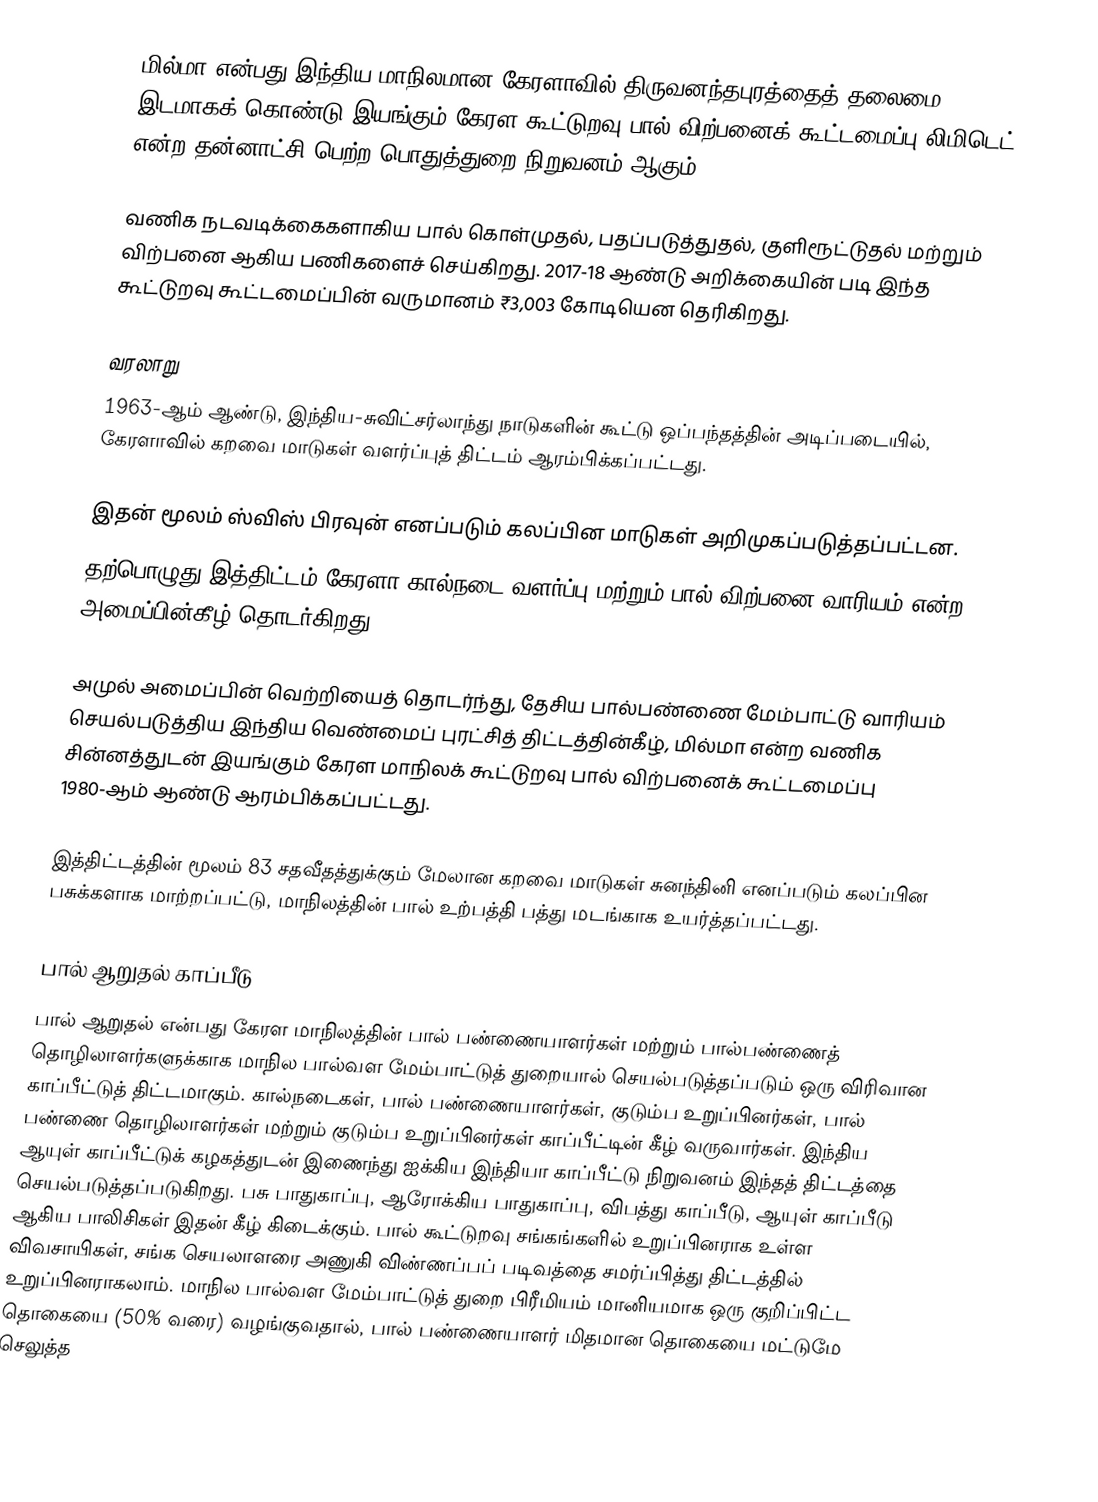
மில்மா என்பது இந்திய மாநிலமான கேரளாவில் திருவனந்தபுரத்தைத் தலைமை இடமாகக் கொண்டு இயங்கும் கேரள கூட்டுறவு பால் விற்பனைக் கூட்டமைப்பு லிமிடெட் என்ற தன்னாட்சி பெற்ற பொதுத்துறை நிறுவனம் ஆகும்.

வணிக நடவடிக்கைகளாகிய பால் கொள்முதல், பதப்படுத்துதல், குளிரூட்டுதல் மற்றும் விற்பனை ஆகிய பணிகளைச் செய்கிறது. 2017-18 ஆண்டு அறிக்கையின் படி இந்த கூட்டுறவு கூட்டமைப்பின் வருமானம் ₹3,003 கோடியென தெரிகிறது.

வரலாறு
1963-ஆம் ஆண்டு, இந்திய-சுவிட்சர்லாந்து நாடுகளின் கூட்டு ஒப்பந்தத்தின் அடிப்படையில், கேரளாவில் கறவை மாடுகள் வளர்ப்புத் திட்டம் ஆரம்பிக்கப்பட்டது.

இதன் மூலம் ஸ்விஸ் பிரவுன் எனப்படும் கலப்பின மாடுகள் அறிமுகப்படுத்தப்பட்டன.
தற்பொழுது இத்திட்டம் கேரளா கால்நடை வளர்ப்பு மற்றும் பால் விற்பனை வாரியம் என்ற அமைப்பின்கீழ் தொடர்கிறது.

அமுல் அமைப்பின் வெற்றியைத் தொடர்ந்து, தேசிய பால்பண்ணை மேம்பாட்டு வாரியம் செயல்படுத்திய இந்திய வெண்மைப் புரட்சித் திட்டத்தின்கீழ், மில்மா என்ற வணிக சின்னத்துடன் இயங்கும் கேரள மாநிலக் கூட்டுறவு பால் விற்பனைக் கூட்டமைப்பு 1980-ஆம் ஆண்டு ஆரம்பிக்கப்பட்டது.

இத்திட்டத்தின் மூலம் 83 சதவீதத்துக்கும் மேலான கறவை மாடுகள் சுனந்தினி எனப்படும் கலப்பின பசுக்களாக மாற்றப்பட்டு, மாநிலத்தின் பால் உற்பத்தி பத்து மடங்காக உயர்த்தப்பட்டது.

பால் ஆறுதல் காப்பீடு
பால் ஆறுதல் என்பது கேரள மாநிலத்தின் பால் பண்ணையாளர்கள் மற்றும் பால்பண்ணைத் தொழிலாளர்களுக்காக மாநில பால்வள மேம்பாட்டுத் துறையால் செயல்படுத்தப்படும் ஒரு விரிவான காப்பீட்டுத் திட்டமாகும். கால்நடைகள், பால் பண்ணையாளர்கள், குடும்ப உறுப்பினர்கள், பால் பண்ணை தொழிலாளர்கள் மற்றும் குடும்ப உறுப்பினர்கள் காப்பீட்டின் கீழ் வருவார்கள். இந்திய ஆயுள் காப்பீட்டுக் கழகத்துடன் இணைந்து ஐக்கிய இந்தியா காப்பீட்டு நிறுவனம் இந்தத் திட்டத்தை செயல்படுத்தப்படுகிறது. பசு பாதுகாப்பு, ஆரோக்கிய பாதுகாப்பு, விபத்து காப்பீடு, ஆயுள் காப்பீடு ஆகிய பாலிசிகள் இதன் கீழ் கிடைக்கும். பால் கூட்டுறவு சங்கங்களில் உறுப்பினராக உள்ள விவசாயிகள், சங்க செயலாளரை அணுகி விண்ணப்பப் படிவத்தை சமர்ப்பித்து திட்டத்தில் உறுப்பினராகலாம். மாநில பால்வள மேம்பாட்டுத் துறை பிரீமியம் மானியமாக ஒரு குறிப்பிட்ட தொகையை (50% வரை) வழங்குவதால், பால் பண்ணையாளர் மிதமான தொகையை மட்டுமே செலுத்த